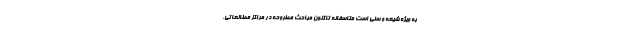
به ویژه شیعه و سنی است متاسفانه تاکنون مباحث مطروحه در مراکز مطالعاتی،